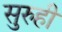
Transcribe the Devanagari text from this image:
सुरुही